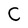
Character: C